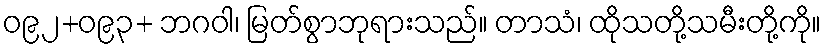
ဝ၉၂+ဝ၉၃+ ဘဂဝါ၊ မြတ်စွာဘုရားသည်။ တာသံ၊ ထိုသတို့သမီးတို့ကို။